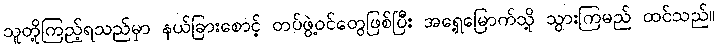
သူတို့ကြည့်ရသည်မှာ နယ်ခြားစောင့် တပ်ဖွဲ့ဝင်တွေဖြစ်ပြီး အရှေ့မြောက်သို့ သွားကြမည် ထင်သည်။